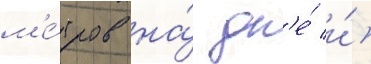
м'е́тров на́ дн'е́ и́